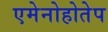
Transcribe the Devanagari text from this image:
एमेनोहोतेप